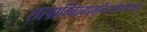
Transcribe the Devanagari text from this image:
शापाग्निदग्धमुनिदारशिलोद्धराङ्घ्रेः